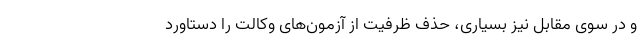
و در سوی مقابل نیز بسیاری، حذف ظرفیت از آزمون‌های وکالت را دستاورد